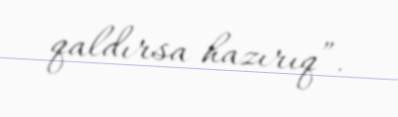
qaldırsa hazırıq”.